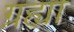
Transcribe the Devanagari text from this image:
ग्रह्या